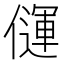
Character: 𰂳